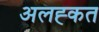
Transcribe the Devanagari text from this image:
अलह्कत